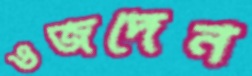
ওজদেন